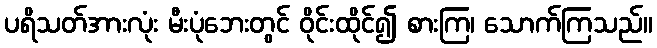
ပရိသတ်အားလုံး မီးပုံဘေးတွင် ဝိုင်းထိုင်၍ စားကြ၊ သောက်ကြသည်။